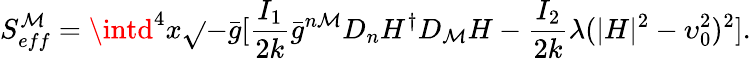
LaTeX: S_{eff}^{\mathcal{M}}=\intd^{4}x\sqrt{}{{-\bar{{g}}}}[\frac{{I_{1}}}{{2k}}{\bar{{g}}}^{n\mathcal{M}}D_{n}H^{\dagger}D_{\mathcal{M}}H-\frac{{I_{2}}}{{2k}}\lambda(|H|^{2}-\upsilon_{0}^{2})^{2}].